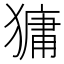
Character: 㺎